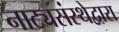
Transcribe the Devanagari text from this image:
नाट्यसंस्थेद्वारा